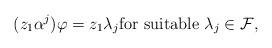
LaTeX: \begin{align*} (z_1 \alpha^j) \varphi = z_1 \lambda_j \text{for suitable $\lambda_j \in \mathcal{F}$,} \end{align*}